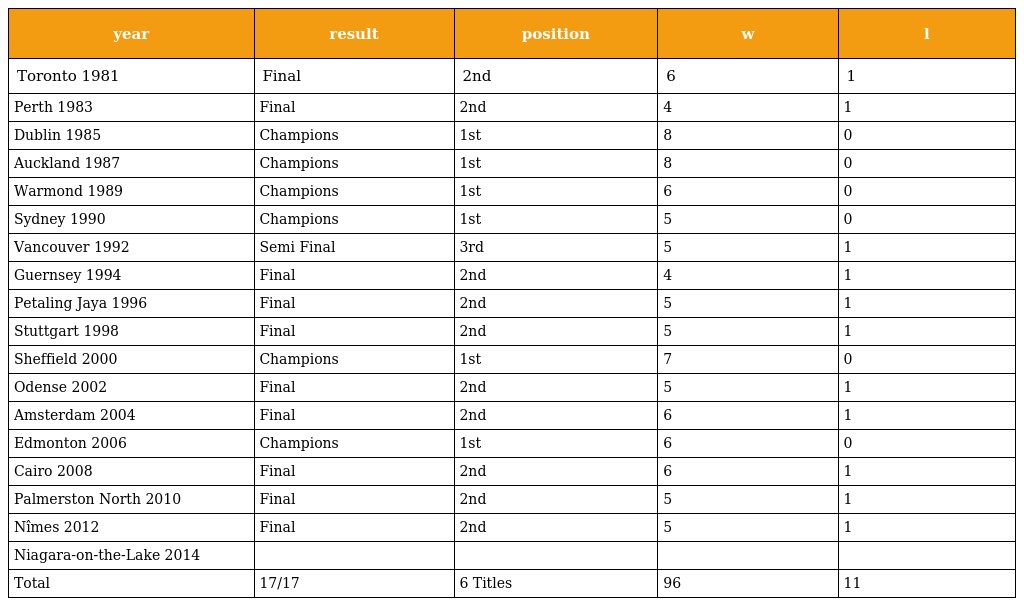
| year | result | position | w | l |
 | --- | --- | --- | --- | --- |
 | Toronto 1981 | Final | 2nd | 6 | 1 |
 | Perth 1983 | Final | 2nd | 4 | 1 |
 | Dublin 1985 | Champions | 1st | 8 | 0 |
 | Auckland 1987 | Champions | 1st | 8 | 0 |
 | Warmond 1989 | Champions | 1st | 6 | 0 |
 | Sydney 1990 | Champions | 1st | 5 | 0 |
 | Vancouver 1992 | Semi Final | 3rd | 5 | 1 |
 | Guernsey 1994 | Final | 2nd | 4 | 1 |
 | Petaling Jaya 1996 | Final | 2nd | 5 | 1 |
 | Stuttgart 1998 | Final | 2nd | 5 | 1 |
 | Sheffield 2000 | Champions | 1st | 7 | 0 |
 | Odense 2002 | Final | 2nd | 5 | 1 |
 | Amsterdam 2004 | Final | 2nd | 6 | 1 |
 | Edmonton 2006 | Champions | 1st | 6 | 0 |
 | Cairo 2008 | Final | 2nd | 6 | 1 |
 | Palmerston North 2010 | Final | 2nd | 5 | 1 |
 | Nîmes 2012 | Final | 2nd | 5 | 1 |
 | Niagara-on-the-Lake 2014 |  |  |  |  |
 | Total | 17/17 | 6 Titles | 96 | 11 |